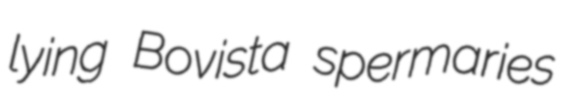
lying Bovista spermaries